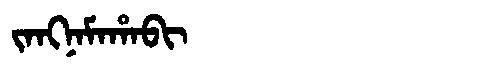
Manchu: ᠵᠠᠩᠨᠠᠮᠠᡥᠠᠪᡳ
Romanization: JANGNAMAHABI